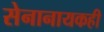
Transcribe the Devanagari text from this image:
सेनानायकही